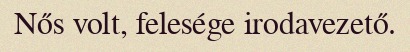
Nős volt, felesége irodavezető.